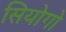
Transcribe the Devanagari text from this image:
सियोगो